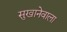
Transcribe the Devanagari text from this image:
सुखानेवाला